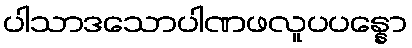
ပါသာဒသောပါဏဖလူပပန္နော